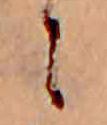
に